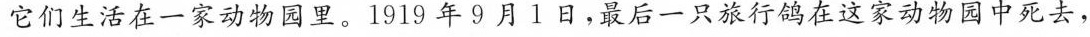
它们生活在一家动物园里。1919年9月1日，最后一只旅行鸽在这家动物园中死去，